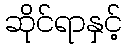
ဆိုင်ရာနှင့်